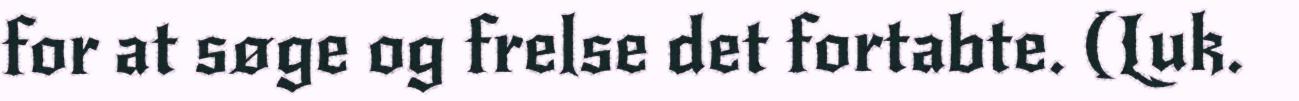
for at søge og frelse det fortabte. (Luk.